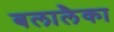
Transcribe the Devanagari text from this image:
बलालैका